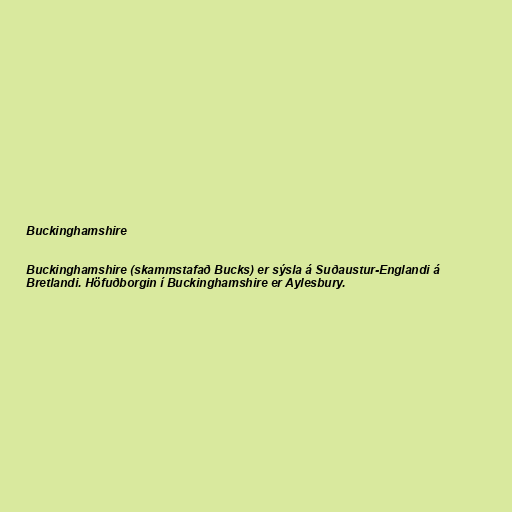
Buckinghamshire

Buckinghamshire (skammstafað Bucks) er sýsla á Suðaustur-Englandi á
Bretlandi. Höfuðborgin í Buckinghamshire er Aylesbury.